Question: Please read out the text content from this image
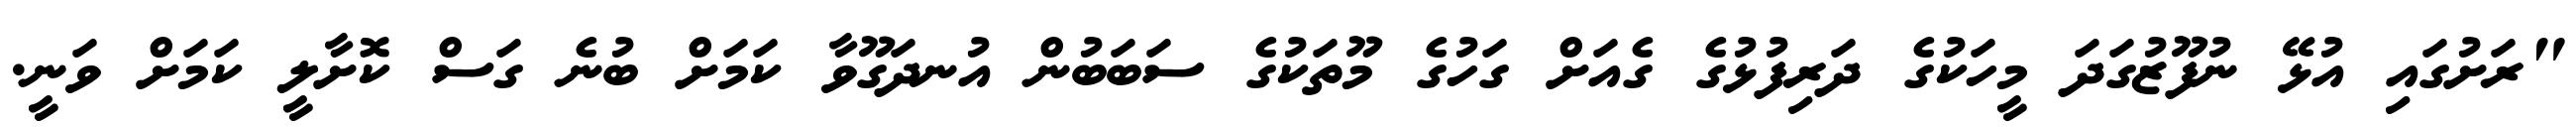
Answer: "ރަށުގައި އުޅޭ ނުފޫޒުގަދަ މީހަކުގެ ދަރިފުޅުގެ ގެއަށް ގަހުގެ މޫތަކުގެ ސަބަބުން އުނދަގޫވާ ކަމަށް ބުނެ ގަސް ކޮށާލީ ކަމަށް ވަނީ.